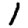
Digit: 1